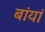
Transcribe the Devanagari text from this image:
बांयां